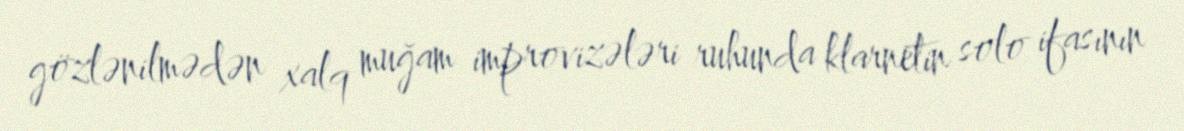
gözlənilmədən xalq muğam improvizələri ruhunda klarnetin solo ifasının